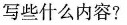
写些什么内容?